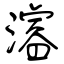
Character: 濬